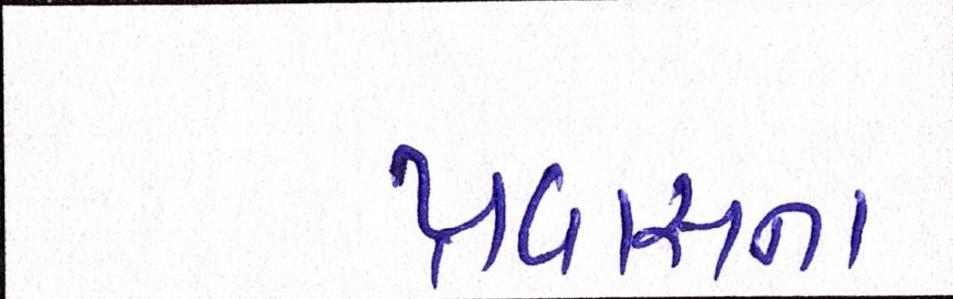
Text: પ્રવાસના